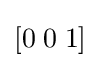
\left[0\;0\;1\right]